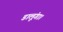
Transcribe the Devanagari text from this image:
डालूंगा।